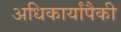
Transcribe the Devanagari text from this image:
अधिकार्यांपैकी